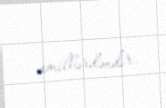
amillərdəndir.